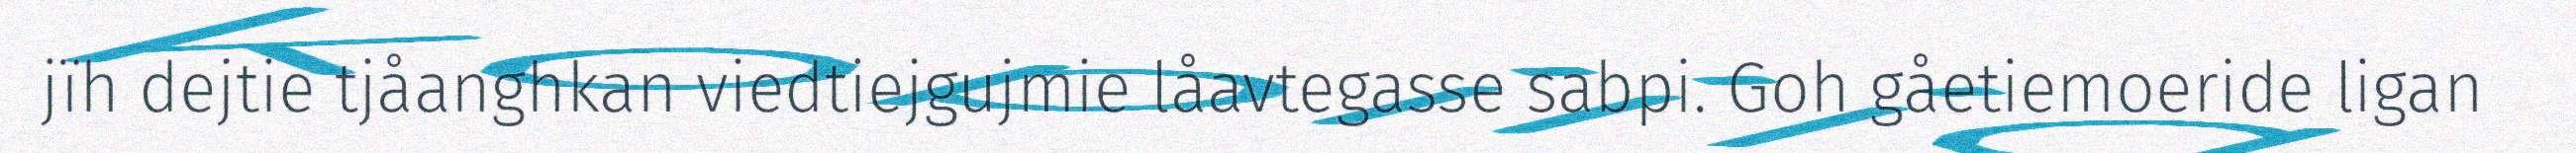
jïh dejtie tjåanghkan viedtiejgujmie låavtegasse sabpi. Goh gåetiemoeride ligan